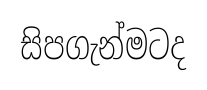
සිපගැන්මටද